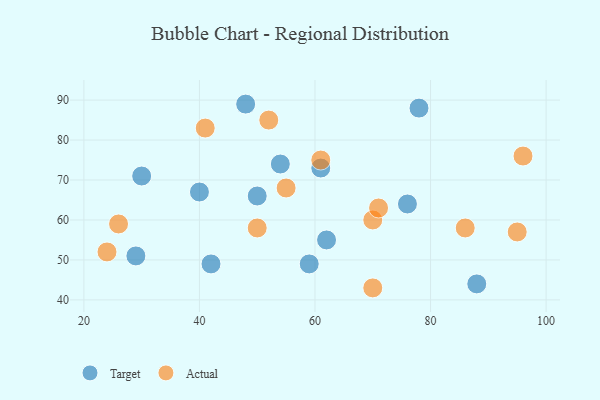
{"axis": {"x": "GDP", "y": "Life Expectancy"}, "legend": ["Actual", "Target"], "data": [{"x": "59", "y": 49, "type": "Target"}, {"x": "76", "y": 64, "type": "Target"}, {"x": "29", "y": 51, "type": "Target"}, {"x": "50", "y": 66, "type": "Target"}, {"x": "48", "y": 89, "type": "Target"}, {"x": "30", "y": 71, "type": "Target"}, {"x": "88", "y": 44, "type": "Target"}, {"x": "40", "y": 67, "type": "Target"}, {"x": "42", "y": 49, "type": "Target"}, {"x": "62", "y": 55, "type": "Target"}, {"x": "61", "y": 73, "type": "Target"}, {"x": "78", "y": 88, "type": "Target"}, {"x": "54", "y": 74, "type": "Target"}, {"x": "86", "y": 58, "type": "Actual"}, {"x": "70", "y": 60, "type": "Actual"}, {"x": "24", "y": 52, "type": "Actual"}, {"x": "61", "y": 75, "type": "Actual"}, {"x": "55", "y": 68, "type": "Actual"}, {"x": "52", "y": 85, "type": "Actual"}, {"x": "96", "y": 76, "type": "Actual"}, {"x": "26", "y": 59, "type": "Actual"}, {"x": "70", "y": 43, "type": "Actual"}, {"x": "50", "y": 58, "type": "Actual"}, {"x": "95", "y": 57, "type": "Actual"}, {"x": "71", "y": 63, "type": "Actual"}, {"x": "41", "y": 83, "type": "Actual"}]}